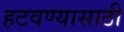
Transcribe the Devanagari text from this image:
हटवण्यासाठी